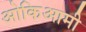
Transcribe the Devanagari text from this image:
ओकिआमी